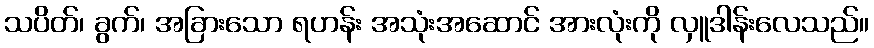
သပိတ်၊ ခွက်၊ အခြားသော ရဟန်း အသုံးအဆောင် အားလုံးကို လှူဒါန်းလေသည်။